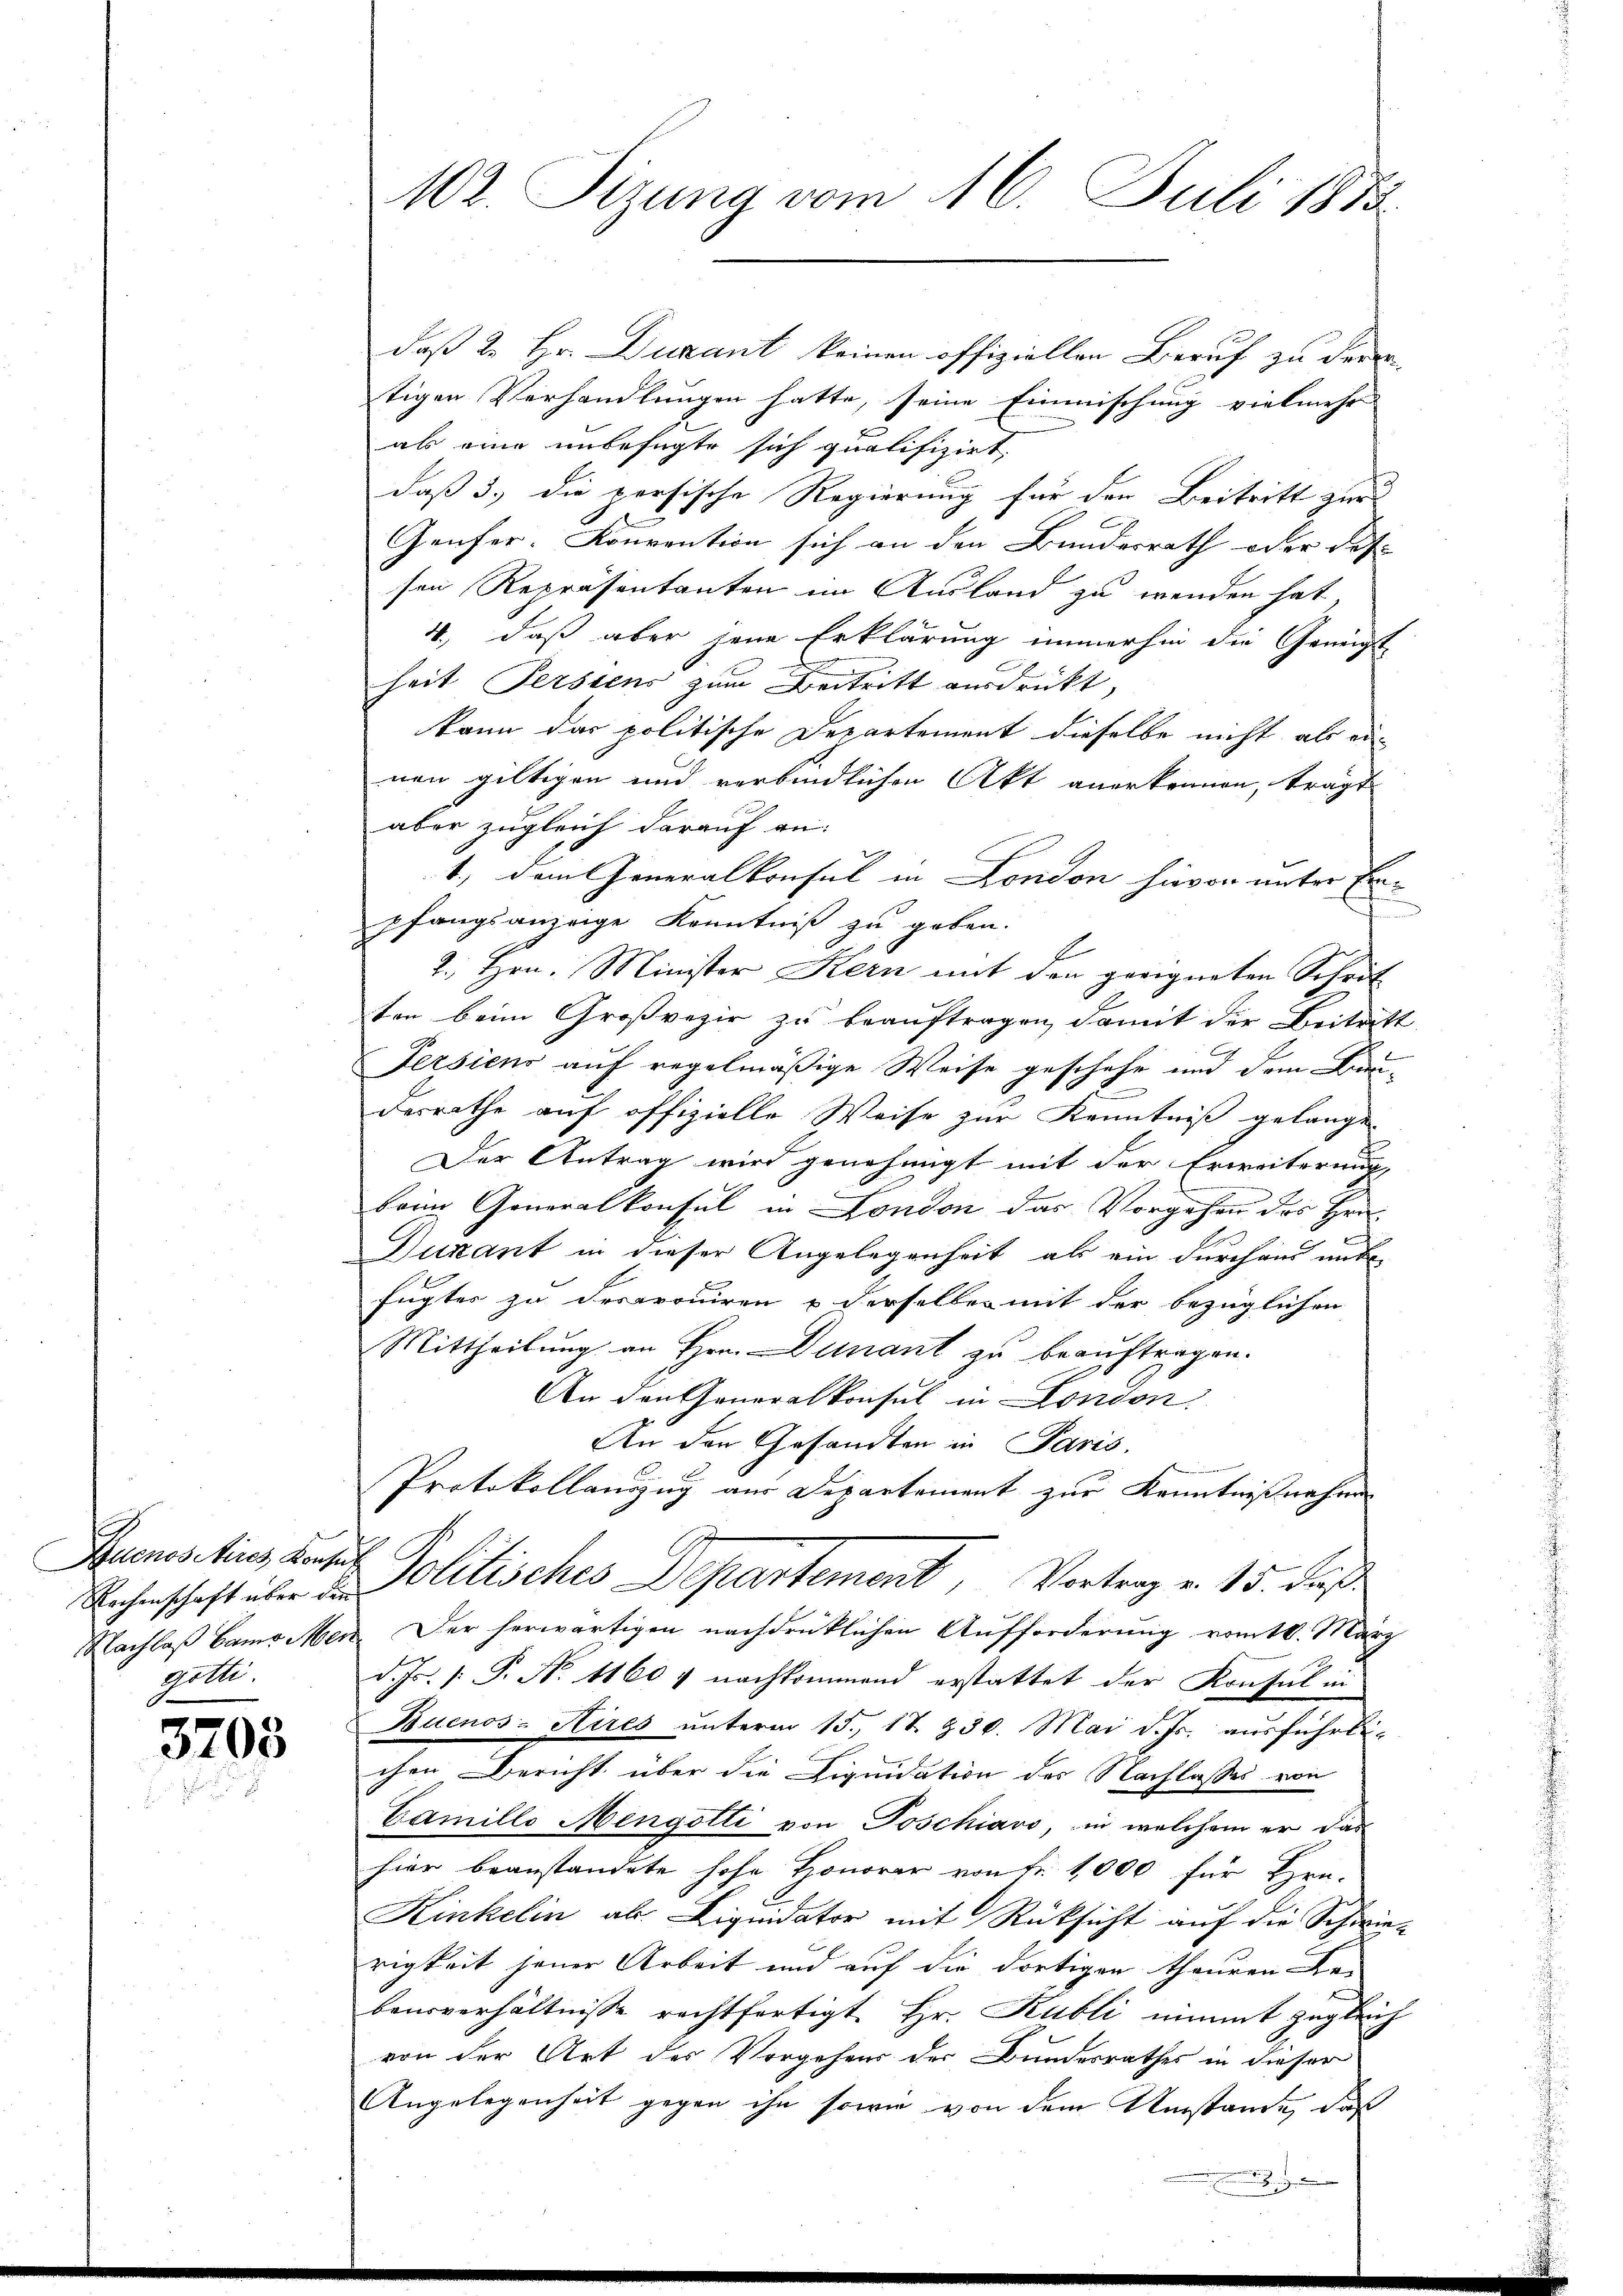
Buenositires Konsur
Rechenschaft über die
Nachlaß bame Men
Gelle.

3703

102. Sizung vom 16. Juli 1883

daß 2. Hr. Ducant keinen offiziellen Beruf zu der
tigen Verhandlungen hatte, seine Einmischung vielmehr
als eine unbefügte sich qualifizirt,
daß 3, die persische Regierung für den Beitritt zur
Genfer-Konvention sich an den Bundesrath oder das
sen Repräsentanten im Ausland zu wenden hat,
4., daß aber jene Erklärung immerhin die Geneigt
heit Persiens zum Beitritt ausdrückt,
kann das politische Departement dieselbe nicht als ein
nen giltigen und verbindlichen Akt anerkennen, trägt
aber zugleich darauf an:
1., dem Generalkonsul in London hievon unter Einpfangsanzeige Kenntniß zu geben.
E
1. Hrn. Minister Kern mit den geeigneten Schrit
ten beim Großrezir zu beauftragen, damit der Beitritt
Fersiens auf regelmäßige Weise geschehe und dem Baue
desrathe auf offizielle Weise zur Kenntniß gelange
Der Antrag wird genehmigt mit der Erweiterung,
beim Generalkonsul in London das Vorgehen des Her¬
Dukant in dieser Angelegenheit als ein durchaus unte
fugter zu derarouiren & derselben mit der bezüglichen
Mittheilung an Hrn. Dunant zu beauftragen.
An den Generalkonsul in London.
An den Gesandten in Paris.
Protokollauszug aus Departement zur Kenntnißnahmen
Politisches Departement, Vortrag v. 15. Fuß
Der herwärtigen nachdrücklichen Aufforderung vom 18. März
d. Js. v. P. Nr. 1160 & nachkommend erstattet der Konsul in
Buenos-Aires unterm 15. 17. 230. Mai d. Js. ausführli-
chen Bericht über die Liquidation des Nachlasses von
Camillo Mengotti von Poschiavo, in welchem er das
hier beanstandete hohe Honorar von Fr. 1000 für Hrn.
Kinkelin als Liquidator mit Rücksicht auf die Schwie-
rigkeit jener Arbeit und auf die dortigen theuren Be-
bausverhältnisse rechtfertigt Hr. Kubli nimmt zugleich
von der Art des Vorgehens der Bundesrathes in dieser
Angelegenheit gegen ihn sowie von dem Umstände, daß